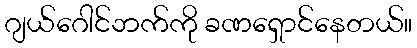
ဂျယ်ဂေါင်ဘက်ကို ခဏရှောင်နေတယ်။